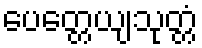
ပေတ္တေယျသုတ္တံ